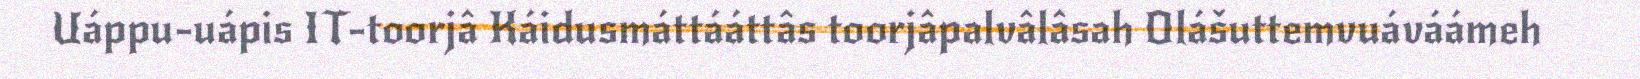
Uáppu-uápis IT-toorjâ Káidusmáttááttâs toorjâpalvâlâsah Olášuttemvuáváámeh